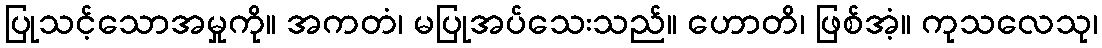
ပြုသင့်သောအမှုကို။ အကတံ၊ မပြုအပ်သေးသည်။ ဟောတိ၊ ဖြစ်အံ့။ ကုသလေသု၊